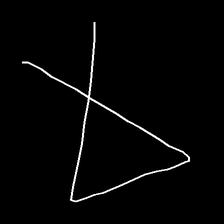
Glyph: collection